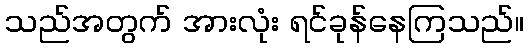
သည်အတွက် အားလုံး ရင်ခုန်နေကြသည်။